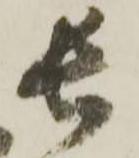
長